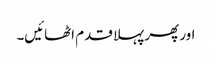
اور پھر پہلا قدم اٹھائیں۔